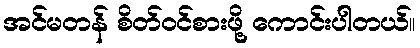
အင်မတန် စိတ်ဝင်စားဖို့ ကောင်းပါတယ်။